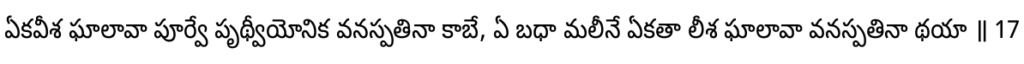
ఏకవీశ ఘాలావా పూర్వే పృథ్వీయోనిక వనస్పతినా కాబే, ఏ బధా మలీనే ఏకతా లీశ ఘాలావా వనస్పతినా థయా ॥ 17